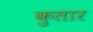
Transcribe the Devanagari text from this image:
कुतार